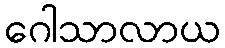
ဂေါသာလာယ